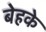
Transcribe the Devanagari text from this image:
बेहके